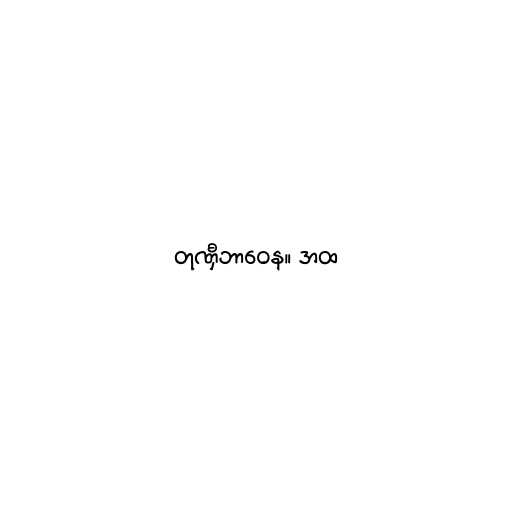
တုဏှီဘာဝေန။ အထ